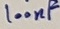
Text: 100nF